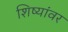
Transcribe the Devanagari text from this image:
शिष्यांवर